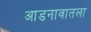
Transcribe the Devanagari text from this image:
आडनावातला